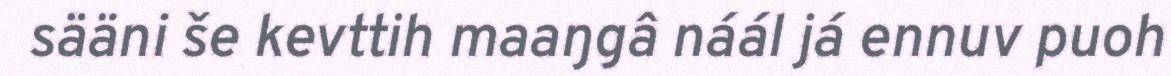
sääni še kevttih maaŋgâ náál já ennuv puoh